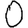
Digit: 0